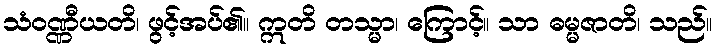
သံဝဏ္ဏီယတိ၊ ဖွင့်အပ်၏။ ဣတိ တသ္မာ၊ ကြောင့်။ သာ ဓမ္မဇာတိ၊ သည်။